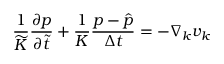
\frac { 1 } { \widetilde { K } } \frac { \partial p } { \partial \widetilde { t } } + \frac { 1 } { K } \frac { p - \hat { p } } { \Delta t } = - \nabla _ { k } v _ { k }